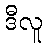
ဒီလူ